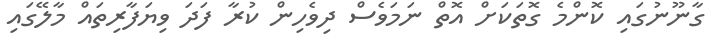
ގާނޫނުގައި ކޮންމެ ގޮތަކަށް އޮތް ނަމަވެސް ދިވެހިން ކުރާ ފަދަ ވިޔަފާރިތައް މާލޭގައި